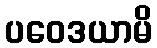
ပဝေဒယာမိ